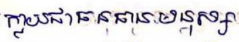
ក្លាយជាធនធានមនុស្ស